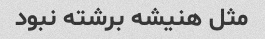
مثل هنیشه برشته نبود